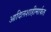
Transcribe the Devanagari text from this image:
आदिलशाहीमार्फत